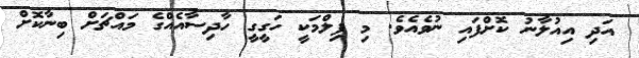
އަދި އިއުލާނު ކޮށްފަައި ނުވެއެވެ. މި ފިލްމަކީ ހަގީގީ ހާދިސާއެއްގެ މައްޗަށް ބިނާކޮށް